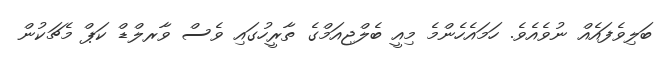
ބަލިވެފައެއް ނުވެއެވެ. ހަމައެހެންމެ މިއީ ބެލްޖިއަމްގެ ތާރީހުގައި ވެސް ވާރލްޑް ކަޕް މެޗަކުން